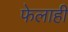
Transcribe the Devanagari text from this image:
फेलाही